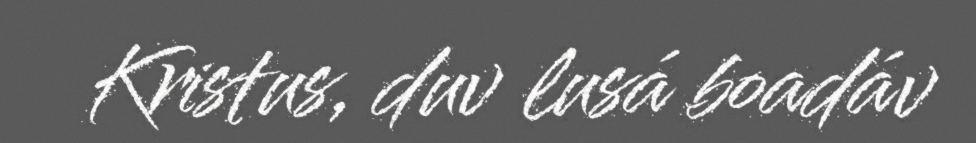
Kristus, duv lusá boadáv